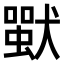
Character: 𤡴